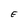
Character: E